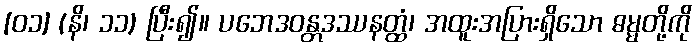
[၀၁] (နိ၊ ၁၁) ပြီး၍။ ပဘေဒဝန္တဒဿနတ္ထံ၊ အထူးအပြားရှိသော ဓမ္မတို့ကို